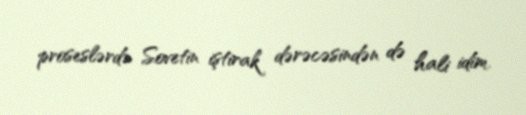
proseslərdə Sovetin iştirak dərəcəsindən də hali idim.